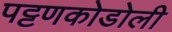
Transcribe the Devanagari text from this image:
पट्टणकोडोली